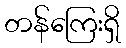
တန်ကြေးရှိ